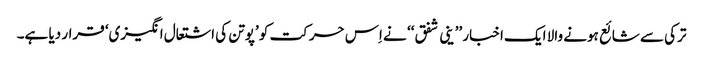
ترکی سے شائع ہونے والا ایک اخبار ’’ ینی شفق‘‘ نے اِس حرکت کو ’پوتن کی اشتعال انگیزی‘ قرار دیا ہے۔